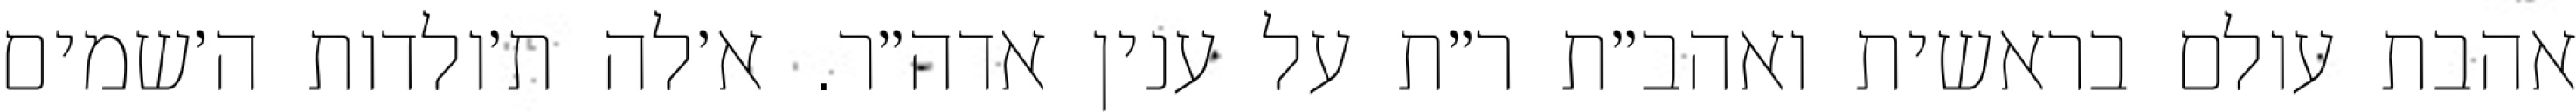
אהבת עולם בראשית ואהב״ת ר״ת על ענין אדה״ר. א׳לה ת׳ולדות ה׳שמים